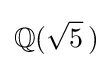
\mathbb {Q} (~\!\!{\sqrt {5}}~\!)